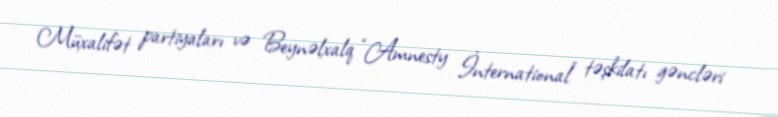
Müxalifət partiyaları və Beynəlxalq “Amnesty İnternational” təşkilatı gəncləri